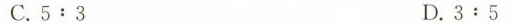
C.5﹔3 D.3:5